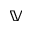
\mathbb V